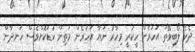
ދެކެ ލޯބިވޭތަ އަހަރެން ހީކުރީ މިހާރު ނަޔާ އަހަރެން މަތިން ކުޑަކޮށްވެސް ހަނދާން